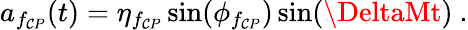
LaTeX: a_{f_{\mathcal{C}P}}(t)=\eta_{f_{\mathcal{C}P}}\sin(\phi_{f_{\mathcal{C}P}})\sin(\DeltaMt)~.